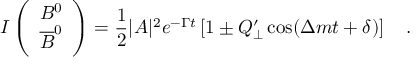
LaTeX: I \left( \begin{array} { c } { { B ^ { 0 } } } \\ { { \overline { { { B } } } ^ { 0 } } } \end{array} \right) = \frac { 1 } { 2 } | A | ^ { 2 } e ^ { - \Gamma t } \left[ 1 \pm Q _ { \perp } ^ { \prime } \cos ( \Delta m t + \delta ) \right] ~ ~ ~ .